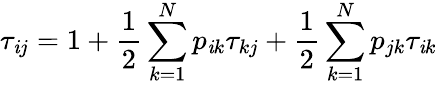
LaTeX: \tau_{\mathit{i}j}=1+\frac{{1}}{{2}}\sum_{k=1}^{N}p_{\mathit{i}k}\tau_{kj}+\frac{{1}}{{2}}\sum_{k=1}^{N}p_{jk}\tau_{\mathit{i}k}